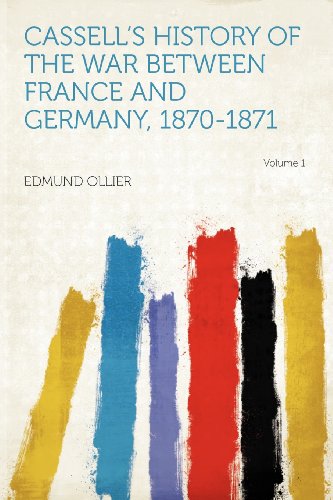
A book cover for Cassell's History of the War Between France and Germany, 1870-1871 Volume 1; History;